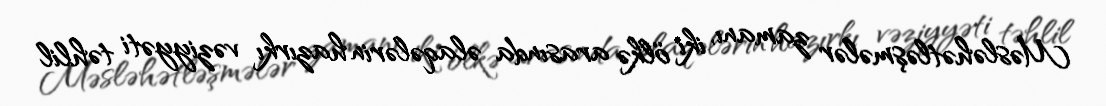
Məsləhətləşmələr zamanı, iki ölkə arasında əlaqələrin hazırkı vəziyyəti təhlil